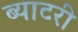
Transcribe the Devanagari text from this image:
ब्याटरी